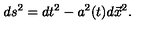
d s ^ { 2 } = d t ^ { 2 } - a ^ { 2 } ( t ) d \vec { x } ^ { 2 } .